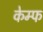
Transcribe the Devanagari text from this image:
केम्फ